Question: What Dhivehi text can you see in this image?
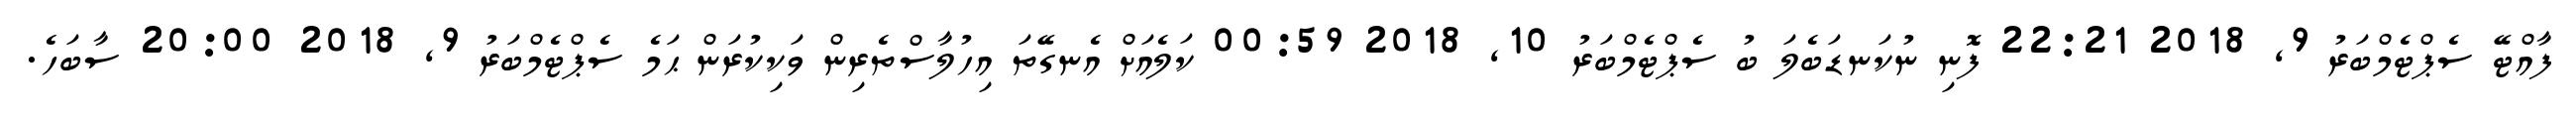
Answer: ފާއްޓޭ ސެޕްޓެމްބަރު 9, 2018 22:21 ފޮނި ނުކަނޑަބެލަ ބު ސެޕްޓެމްބަރު 10, 2018 00:59 ކަލެއަށް އެނގޭތަ އިހުލާސްތެރިން ވަކިކުރަން ޙަމެ ސެޕްޓެމްބަރު 9, 2018 20:00 ސާބަހެ.